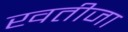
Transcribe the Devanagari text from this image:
खतीजा